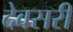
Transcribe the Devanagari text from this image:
देवसरी